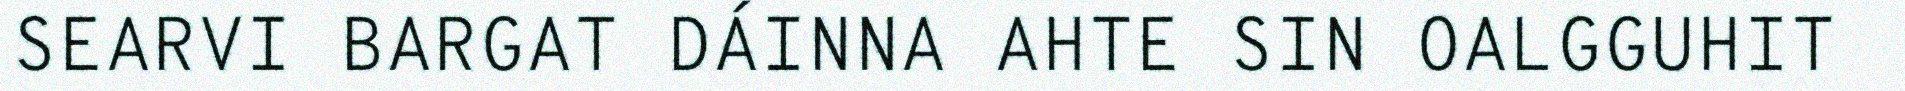
SEARVI BARGAT DÁINNA AHTE SIN OALGGUHIT